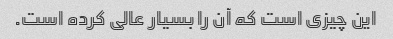
این چیزی است که آن را بسیار عالی کرده است.